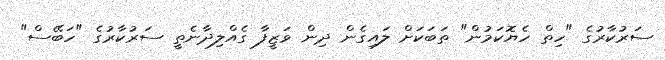
ސަރުކާރުގެ "ހިތް ހެޔޮކަމުން" ތަބަކަށް ލައިގެން ދިން ވަޒީފާ ގެއްލިދާނެތީ ސަރުކާރުގެ "ހަބޭސް"